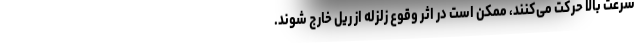
سرعت بالا حرکت می‌کنند، ممکن است در اثر وقوع زلزله از ریل خارج شوند.